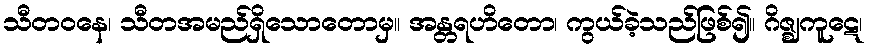
သီတဝနေ၊ သီတအမည်ရှိသောတောမှ။ အန္တရဟိတော၊ ကွယ်ခဲ့သည်ဖြစ်၍။ ဂိဇ္ဈကူဋေ၊